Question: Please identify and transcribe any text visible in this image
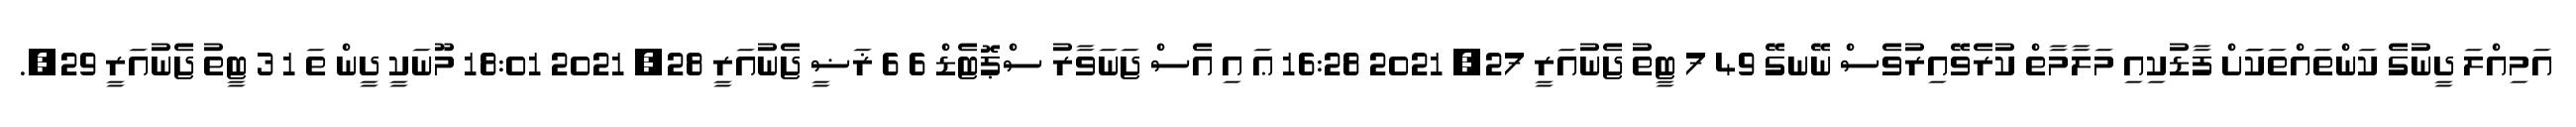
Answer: އަމިއްލަ ދީނުގެ ކަންތައްތަކަަށް ފާޑުކިއި މަލާމާތް ކުރެވޭއިރުވެސް ނޭނގޭ 49 7 ޓީތު ޖެނުއަރީ 27, 2021 16:28 ޢަ އި އެސް ޖަނަވާރު ސްޕޮޓެޑް 6 6 ޜަޟީ ޖެނުއަރީ 28, 2021 18:01 މޫނަކީ ދީން ތަ 1 3 ޓީތު ޖެނުއަރީ 29,.